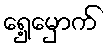
ရှေ့မှောက်